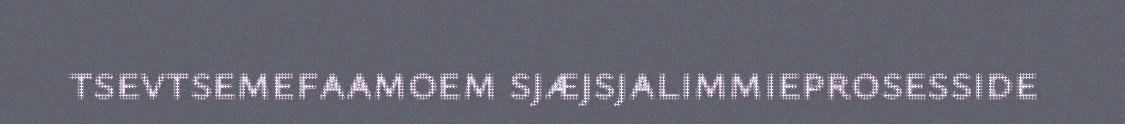
tsevtsemefaamoem sjæjsjalimmieprosesside